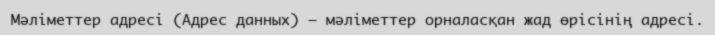
Мәліметтер адресі (Адрес данных) — мәліметтер орналасқан жад өрісінің адресі.